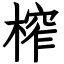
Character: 榨